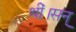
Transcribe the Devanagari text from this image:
थीं।सन्